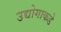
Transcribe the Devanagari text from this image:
उद्योगाकडे